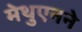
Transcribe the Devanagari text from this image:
मेथुएनने